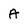
Character: A